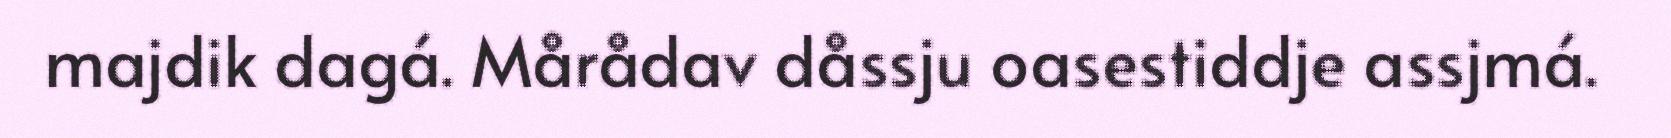
majdik dagá. Mårådav dåssju oasestiddje assjmá.